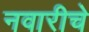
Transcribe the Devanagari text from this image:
नवारीचे